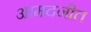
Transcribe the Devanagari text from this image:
आमदनीत